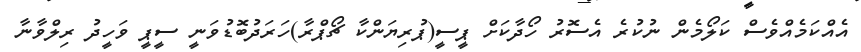
އެއްކަމެއްވެސް ކަލޯމެން ނުކުރެ އެސޮރު ހޯދާކަށް ޕީސީ(ޕުރިޔަންކާ ޗޯޕްރާ)ހަރަދުބޮޑުވަނީ ސީޕީ ވަހީދު ރިލްވާނާ